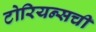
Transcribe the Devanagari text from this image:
टोरियन्सची